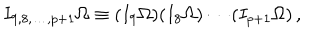
LaTeX: I _ { 9 , 8 , \ldots , p + 1 } \Omega \equiv ( I _ { 9 } \Omega ) ( I _ { 8 } \Omega ) \cdots ( I _ { p + 1 } \Omega ) \, ,